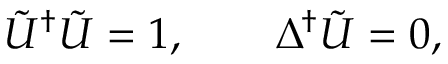
\tilde { U } ^ { \dag } \tilde { U } = 1 , \qquad \Delta ^ { \dag } \tilde { U } = 0 ,